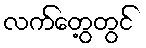
လက်တွေ့တွင်